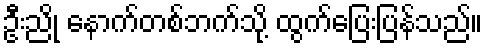
ဦးညို နောက်တစ်ဘက်သို့ ထွက်ပြေးပြန်သည်။